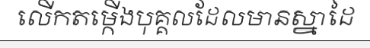
លើកតម្កើងបុគ្គលដែលមានស្នាដៃ